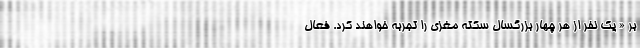
بر « یک نفر از هر چهار بزرگسال سکته مغزی را تجربه خواهند کرد. فعال